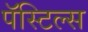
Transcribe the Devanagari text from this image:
पॅस्टिल्स